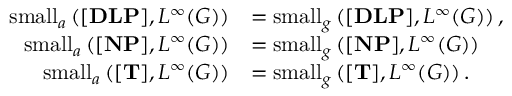
\begin{array} { r l } { \mathrm { s m a l l } _ { a } \left( { \mathrm { \mathbf { [ D L P ] } } } , { L ^ { \infty } ( G ) } \right) } & { = \mathrm { s m a l l } _ { g } \left( { \mathrm { \mathbf { [ D L P ] } } } , { L ^ { \infty } ( G ) } \right) , } \\ { \mathrm { s m a l l } _ { a } \left( { \mathrm { \mathbf { [ N P ] } } } , { L ^ { \infty } ( G ) } \right) } & { = \mathrm { s m a l l } _ { g } \left( { \mathrm { \mathbf { [ N P ] } } } , { L ^ { \infty } ( G ) } \right) } \\ { \mathrm { s m a l l } _ { a } \left( { \mathrm { \mathbf { [ T ] } } } , { L ^ { \infty } ( G ) } \right) } & { = \mathrm { s m a l l } _ { g } \left( { \mathrm { \mathbf { [ T ] } } } , { L ^ { \infty } ( G ) } \right) . } \end{array}